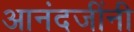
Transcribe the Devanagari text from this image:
आनंदजींनी